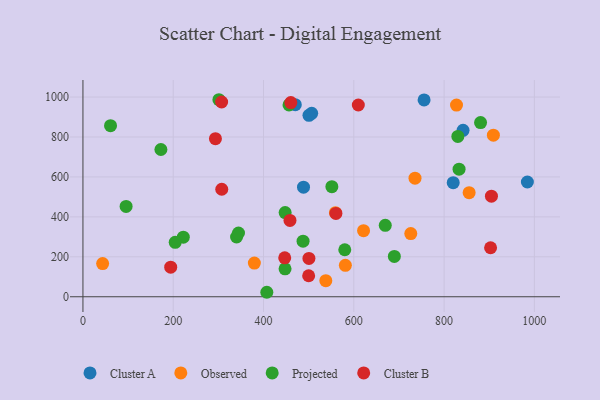
{"axis": {"x": "Engine Size", "y": "Yield"}, "legend": ["Cluster A", "Cluster B", "Observed", "Projected"], "data": [{"x": "820.2", "y": 571.2, "type": "Cluster A"}, {"x": "488.6", "y": 548.6, "type": "Cluster A"}, {"x": "984.5", "y": 574.6, "type": "Cluster A"}, {"x": "506.7", "y": 918.8, "type": "Cluster A"}, {"x": "755.7", "y": 985.9, "type": "Cluster A"}, {"x": "500.7", "y": 908.7, "type": "Cluster A"}, {"x": "842.0", "y": 833.4, "type": "Cluster A"}, {"x": "470.4", "y": 961.9, "type": "Cluster A"}, {"x": "726.2", "y": 316.4, "type": "Observed"}, {"x": "538.0", "y": 80.4, "type": "Observed"}, {"x": "909.2", "y": 809.3, "type": "Observed"}, {"x": "735.6", "y": 593.9, "type": "Observed"}, {"x": "581.3", "y": 157.3, "type": "Observed"}, {"x": "43.6", "y": 165.9, "type": "Observed"}, {"x": "559.3", "y": 420.9, "type": "Observed"}, {"x": "379.7", "y": 168.8, "type": "Observed"}, {"x": "855.5", "y": 521.0, "type": "Observed"}, {"x": "827.5", "y": 960.0, "type": "Observed"}, {"x": "621.6", "y": 330.8, "type": "Observed"}, {"x": "301.2", "y": 986.7, "type": "Projected"}, {"x": "830.5", "y": 802.8, "type": "Projected"}, {"x": "669.7", "y": 357.5, "type": "Projected"}, {"x": "61.1", "y": 856.7, "type": "Projected"}, {"x": "833.2", "y": 638.9, "type": "Projected"}, {"x": "172.7", "y": 737.4, "type": "Projected"}, {"x": "689.8", "y": 202.0, "type": "Projected"}, {"x": "447.7", "y": 139.6, "type": "Projected"}, {"x": "447.9", "y": 421.5, "type": "Projected"}, {"x": "222.3", "y": 298.3, "type": "Projected"}, {"x": "340.3", "y": 299.1, "type": "Projected"}, {"x": "551.4", "y": 551.2, "type": "Projected"}, {"x": "204.4", "y": 272.6, "type": "Projected"}, {"x": "95.6", "y": 452.1, "type": "Projected"}, {"x": "487.6", "y": 278.5, "type": "Projected"}, {"x": "580.0", "y": 235.4, "type": "Projected"}, {"x": "456.5", "y": 960.5, "type": "Projected"}, {"x": "407.3", "y": 22.4, "type": "Projected"}, {"x": "344.6", "y": 319.2, "type": "Projected"}, {"x": "880.8", "y": 872.2, "type": "Projected"}, {"x": "307.5", "y": 538.4, "type": "Cluster B"}, {"x": "194.4", "y": 148.1, "type": "Cluster B"}, {"x": "610.0", "y": 960.2, "type": "Cluster B"}, {"x": "560.4", "y": 417.3, "type": "Cluster B"}, {"x": "500.6", "y": 191.8, "type": "Cluster B"}, {"x": "293.5", "y": 791.4, "type": "Cluster B"}, {"x": "460.5", "y": 972.4, "type": "Cluster B"}, {"x": "447.0", "y": 195.1, "type": "Cluster B"}, {"x": "307.2", "y": 975.3, "type": "Cluster B"}, {"x": "904.9", "y": 503.9, "type": "Cluster B"}, {"x": "903.0", "y": 245.3, "type": "Cluster B"}, {"x": "458.6", "y": 382.0, "type": "Cluster B"}, {"x": "500.0", "y": 105.2, "type": "Cluster B"}]}